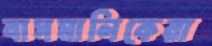
বাসমালিকেরা